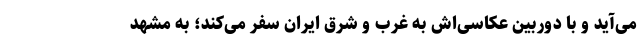
می‌آید و با دوربین عکاسی‌اش به غرب و شرق ایران سفر می‌کند؛ به مشهد